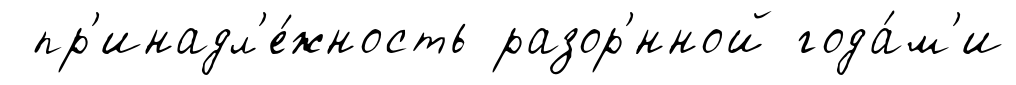
пр'инадл'е́жность разор'́нной года́м'и